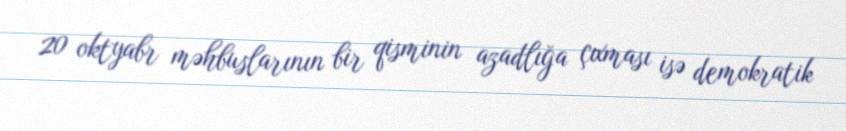
20 oktyabr məhbuslarının bir qisminin azadlığa çıxması isə demokratik